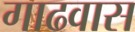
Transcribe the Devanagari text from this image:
गाढवास